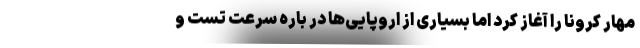
مهار کرونا را آغاز کرد اما بسیاری از اروپایی‌ها در باره سرعت تست و